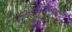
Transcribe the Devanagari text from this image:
समायोजनात्मक